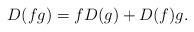
LaTeX: \begin{align*} D(fg) =f D(g) + D(f) g .\end{align*}